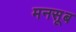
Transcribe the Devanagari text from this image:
मनसूब